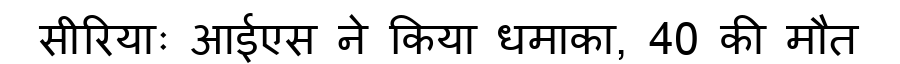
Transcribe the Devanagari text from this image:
सीरियाः आईएस ने किया धमाका, 40 की मौत